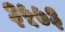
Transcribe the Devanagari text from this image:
३५७३